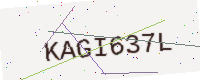
Text: KAGI637L